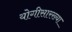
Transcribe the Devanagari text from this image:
योगीसारख्या